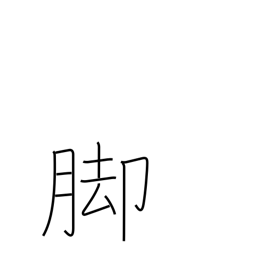
Meaning: lower part